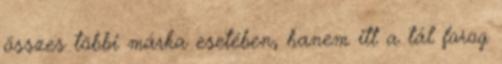
összes többi márka esetében, hanem itt a tál forog